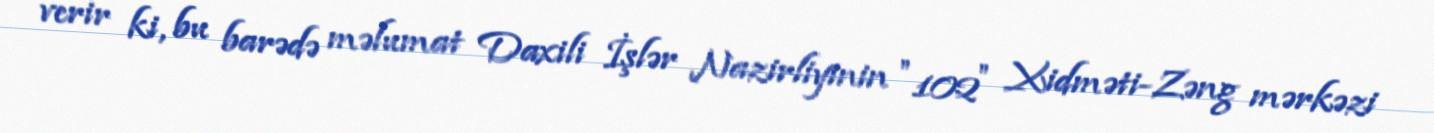
verir ki, bu barədə məlumat Daxili İşlər Nazirliyinin ″102″ Xidməti-Zəng mərkəzi